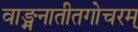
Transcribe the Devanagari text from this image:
वाङ्मनातीतगोचरम्